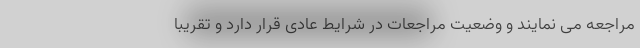
مراجعه می نمایند و وضعیت مراجعات در شرایط عادی قرار دارد و تقریبا